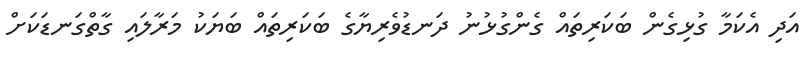
އަދި އެކަމާ ގުޅިގެން ބަކަރިތައް ގެންގުޅުނު ދަނޑުވެރިޔާގެ ބަކަރިތައް ބަޔަކު މަރާލައި ގާތްގަނޑަކަށް